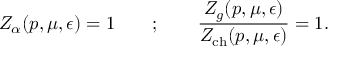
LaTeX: Z _ { \alpha } ( p , \mu , \epsilon ) = 1 \qquad ; \qquad \frac { Z _ { g } ( p , \mu , \epsilon ) } { Z _ { \mathrm { c h } } ( p , \mu , \epsilon ) } = 1 .